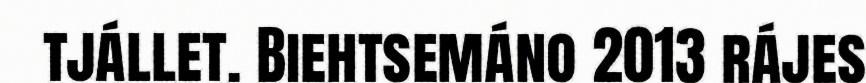
tjállet. Biehtsemáno 2013 rájes